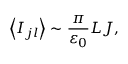
\left\langle I _ { j l } \right\rangle \sim \frac { \pi } { \varepsilon _ { 0 } } L J ,